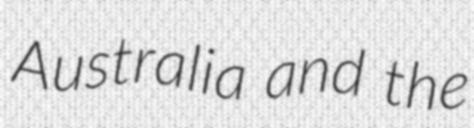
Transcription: Australia and the